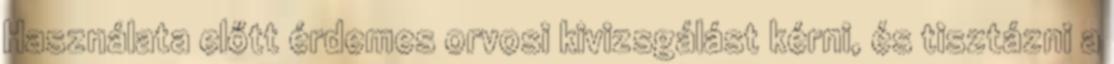
Használata előtt érdemes orvosi kivizsgálást kérni, és tisztázni a